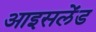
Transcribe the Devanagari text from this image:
आइसलेंड